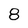
Character: 8